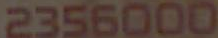
2356000